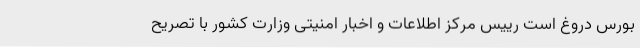
بورس دروغ است رییس مرکز اطلاعات و اخبار امنیتی وزارت کشور با تصریح